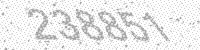
Solution: 238851